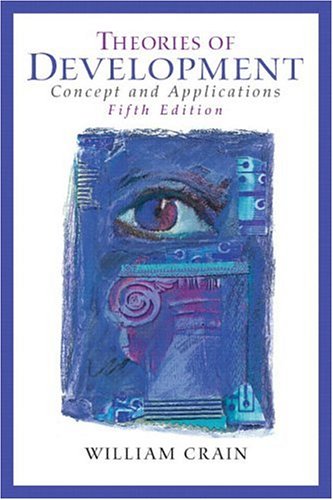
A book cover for Theories of Development: Concepts and Applications (5th Edition) (MySearchLab Series); William Crain; Medical Books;